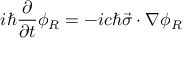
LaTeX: i \hbar \frac { \partial } { \partial t } \phi _ { R } = - i c \hbar \vec { \sigma } \cdot \nabla \phi _ { R }